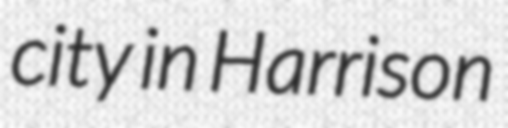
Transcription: city in Harrison